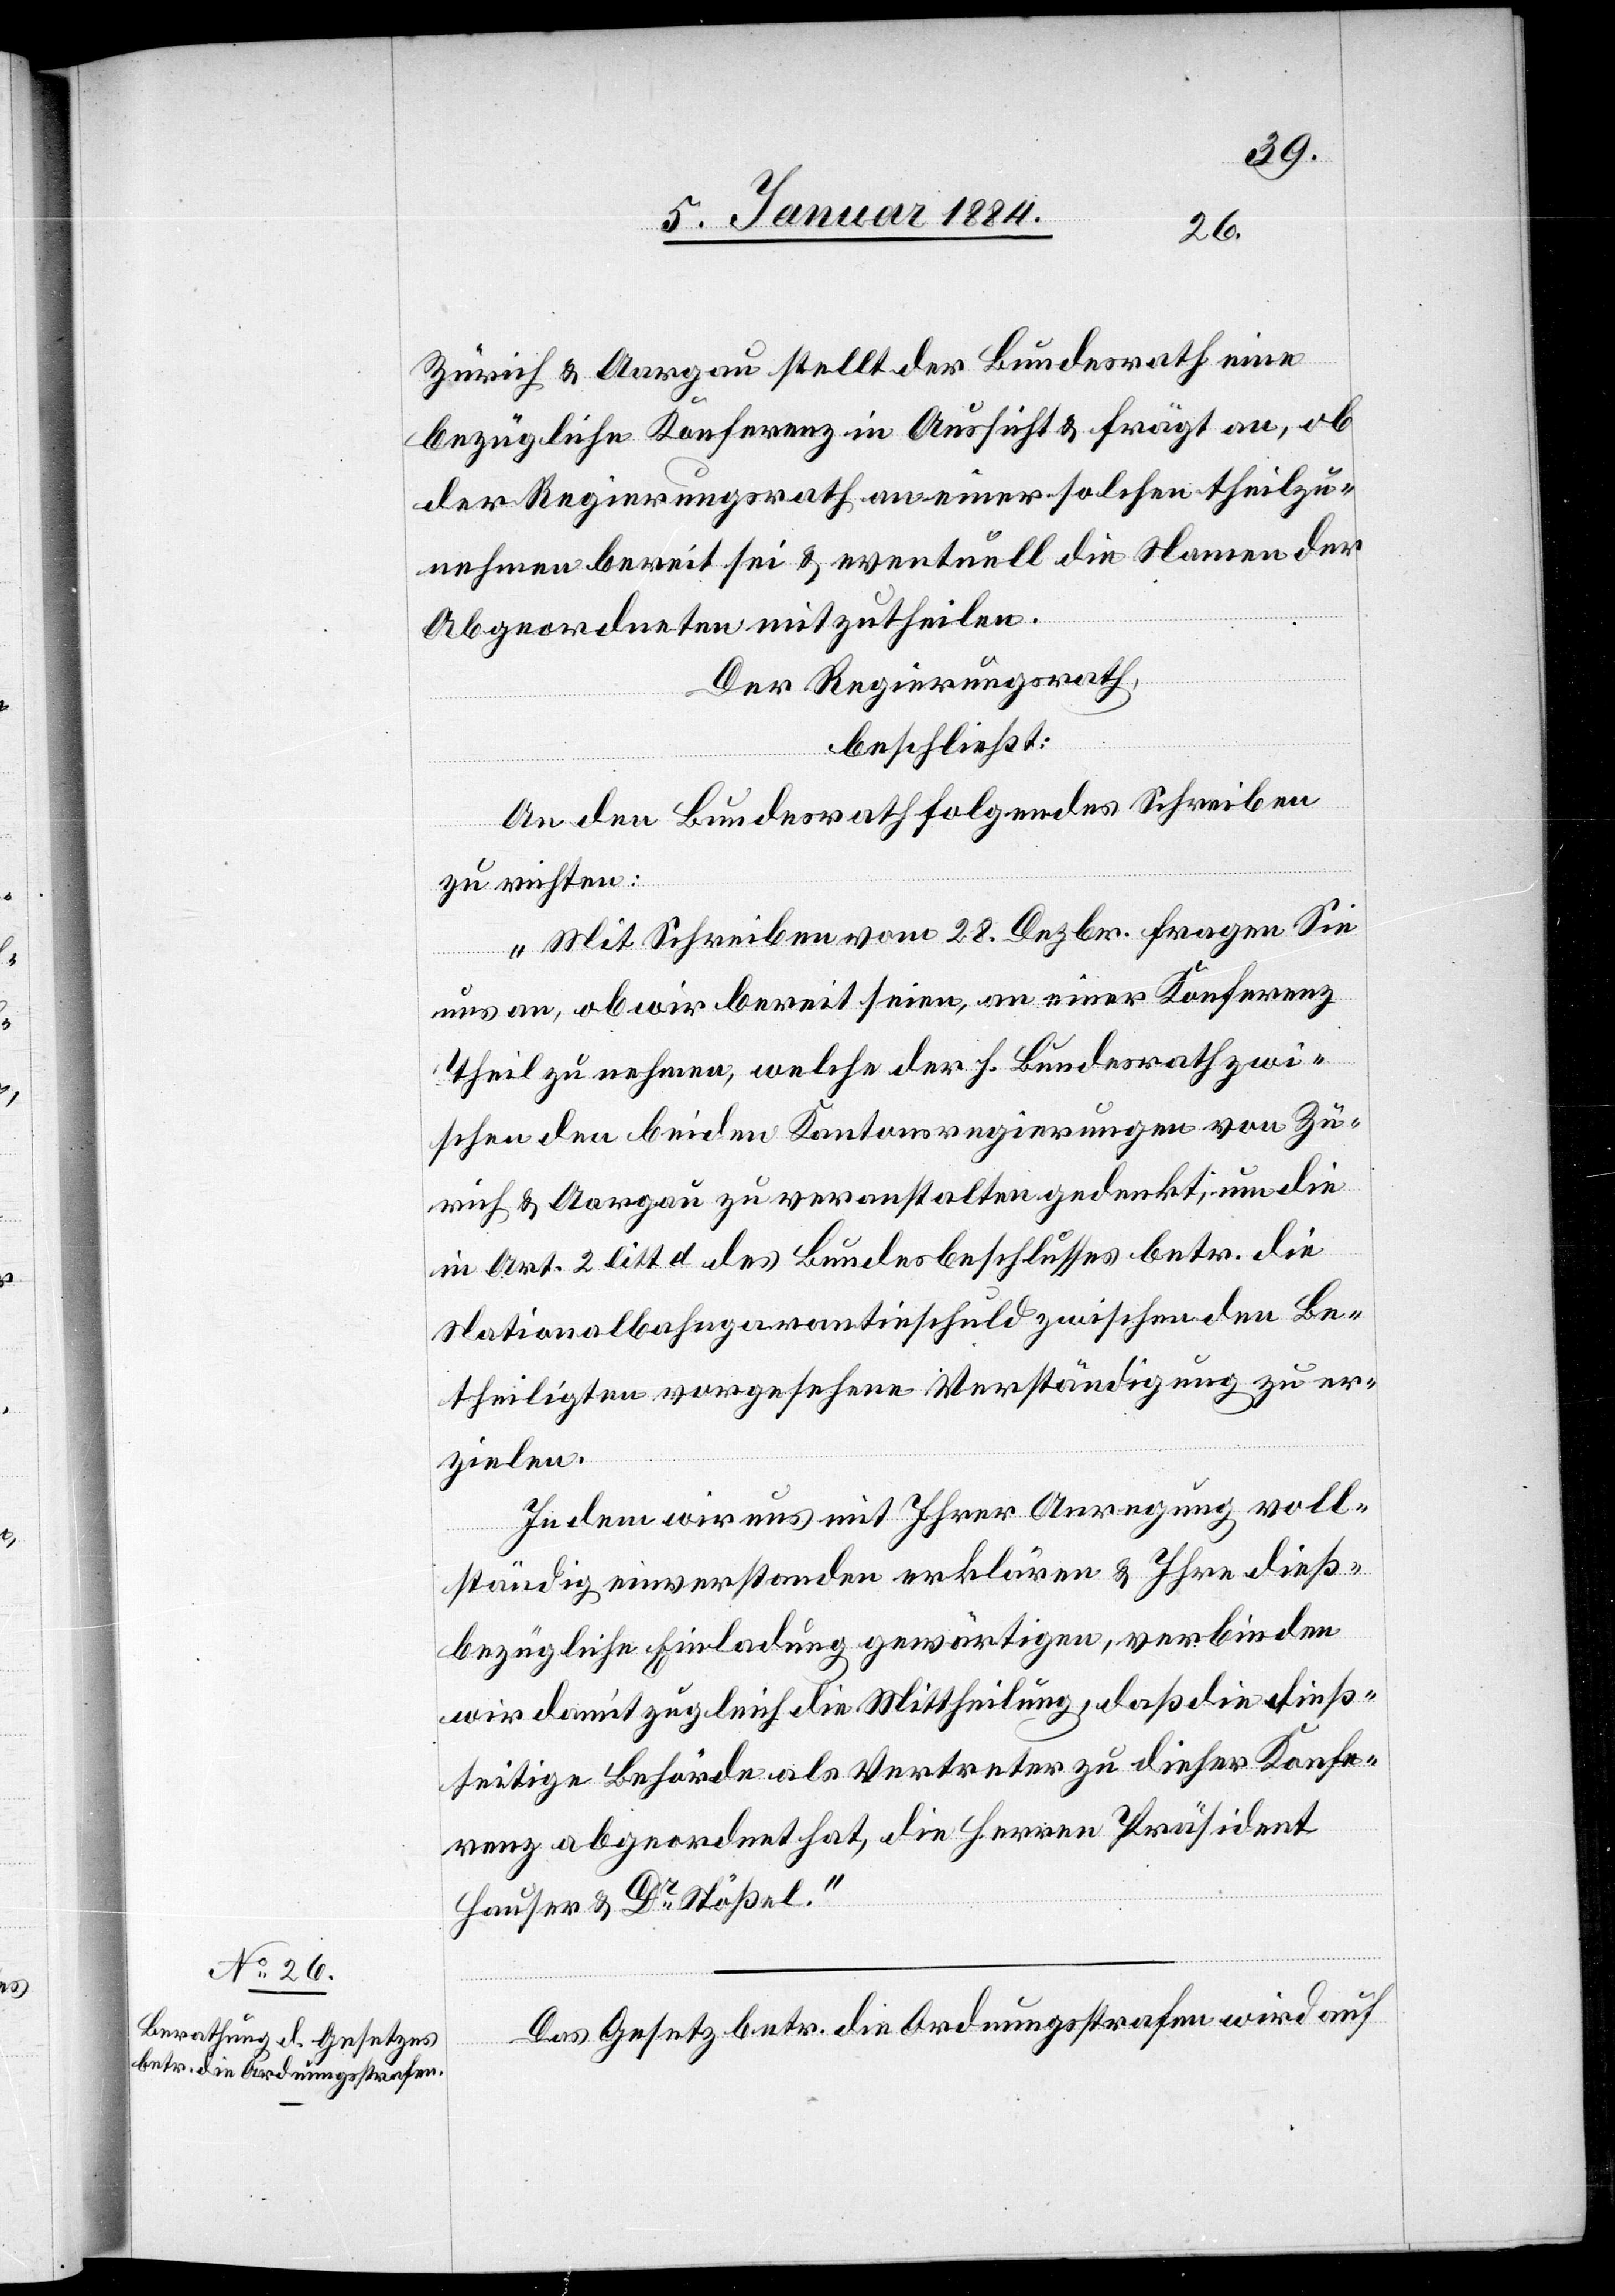
Zürich & Aargau stellt der Bundesrath eine
bezügliche Konferenz in Aussicht & frägt an, ob
der Regierungsrath an einer solchen theilzu¬
nehmen bereit sei & eventuell die Namen der
Abgeordneten mitzutheilen.
Der Regierungsrath,
beschließt:
An den Bundesrath folgendes Schreiben
zu richten:
„Mit Schreiben vom 28. Dezbr. fragen Sie
uns an, ob wir bereit seien, an einer Konferenz
theil zu nehmen, welche der h. Bundesrath zwi¬
schen den beiden Kantonsregierungen von Zü¬
rich & Aargau zu veranstalten gedenkt, um die
in Art. 2 litt. d des Bundesbeschlusses betr. die
Nationalbahngarantieschuld zwischen den Be¬
theiligten vorgesehene Verständigung zu er¬
zielen.
Indem wir uns mit Ihrer Anregung voll¬
ständig einverstanden erklären & Ihre dies¬
bezügliche Einladung gewärtigen, verbinden
wir damit zugleich die Mittheilung, daß die dies¬
seitige Behörde als Vertreter zu dieser Konfe¬
renz abgeordnet hat, die Herrn Präsident
Hauser & Dr. Stößel.“
Das Gesetz betr. die Ordnungsstrafen wird auf